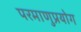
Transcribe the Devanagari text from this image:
परमाणुप्रयोग